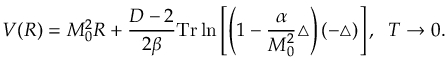
V ( R ) = M _ { 0 } ^ { 2 } R + \frac { D - 2 } { 2 \beta } \mathrm { T r } \ln \left[ \left( 1 - \frac { \alpha } { M _ { 0 } ^ { 2 } } \triangle \right) ( - \triangle ) \right] , \; \; T \to 0 .